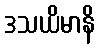
ဒသယိမာနိ